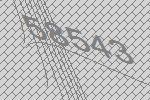
58543